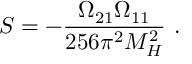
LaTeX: S = - \frac { \Omega _ { 2 1 } \Omega _ { 1 1 } } { 2 5 6 \pi ^ { 2 } M _ { H } ^ { 2 } } \ .